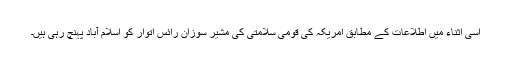
اسی اثناء میں اطلاعات کے مطابق امریکہ کی قومی سلامتی کی مشیر سوزان رائس اتوار کو اسلام آباد پہنچ رہی ہیں۔